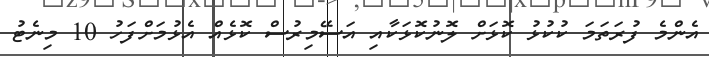
އެންމެ ފުރަތަމަ ކުކުޅު ކޮޅަށް ލޮނުކޮޅަކާއި އަސޭމިރުސް ކޮޅެއް އެޅުމަށްފަހު 10 މިނެޓު